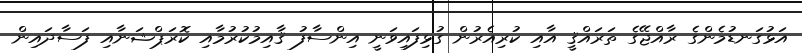
އަޅުގަނޑުމެންގެ ރާއްޖޭގެ ތަރައްޤީ އާއި ކުރިއެރުން ގުޅިފައިވަނީ އިންސާފު ޤާއިމުކުރުމާއި ކޮރަޕްޝަނާއި ފަސާދައިން